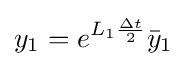
y_{1}=e^{L_{1}{\frac {\Delta t}{2}}}{\bar {y}}_{1}